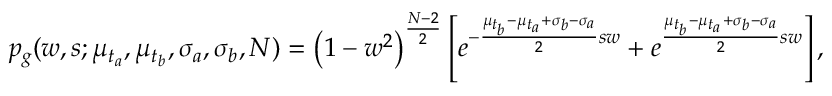
p _ { g } ( w , s ; \mu _ { t _ { a } } , \mu _ { t _ { b } } , \sigma _ { a } , \sigma _ { b } , N ) = \left( 1 - w ^ { 2 } \right) ^ { \frac { N - 2 } { 2 } } \left[ e ^ { - \frac { \mu _ { t _ { b } } - \mu _ { t _ { a } } + \sigma _ { b } - \sigma _ { a } } { 2 } s w } + e ^ { \frac { \mu _ { t _ { b } } - \mu _ { t _ { a } } + \sigma _ { b } - \sigma _ { a } } { 2 } s w } \right] ,